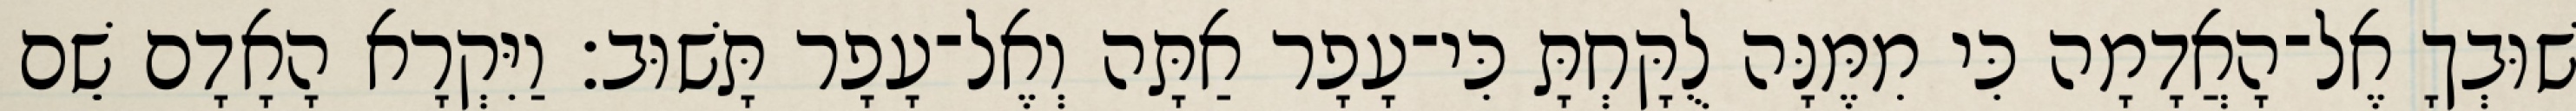
שׁוּבְךָ אֶל־הָאֲדָמָה כִּי מִמֶּנָּה לֻקָּחְתָּ כִּי־עָפָר אַתָּה וְאֶל־עָפָר תָּשׁוּב׃ וַיִּקְרָא הָאָדָם שֵׁם